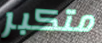
متكبر